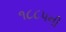
૧૮૮૫ની